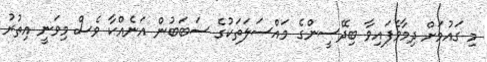
މި ގައުމަށް ދިމާވެފައިވާ ބިދޭސީންގެ މައްސަލަތަކުގެ ސަބަބުން އަނެއްކާ ވެސް މިވަނީ އިތުރު